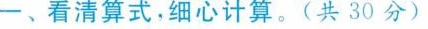
一、看清算式，细心计算。(共30分)